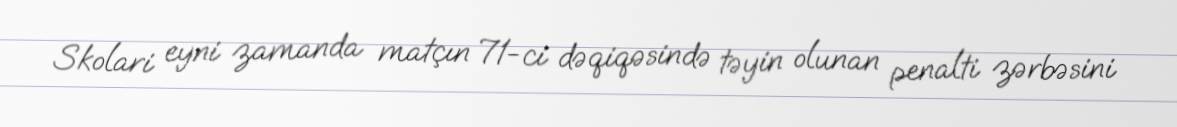
Skolari eyni zamanda matçın 71-ci dəqiqəsində təyin olunan penalti zərbəsini